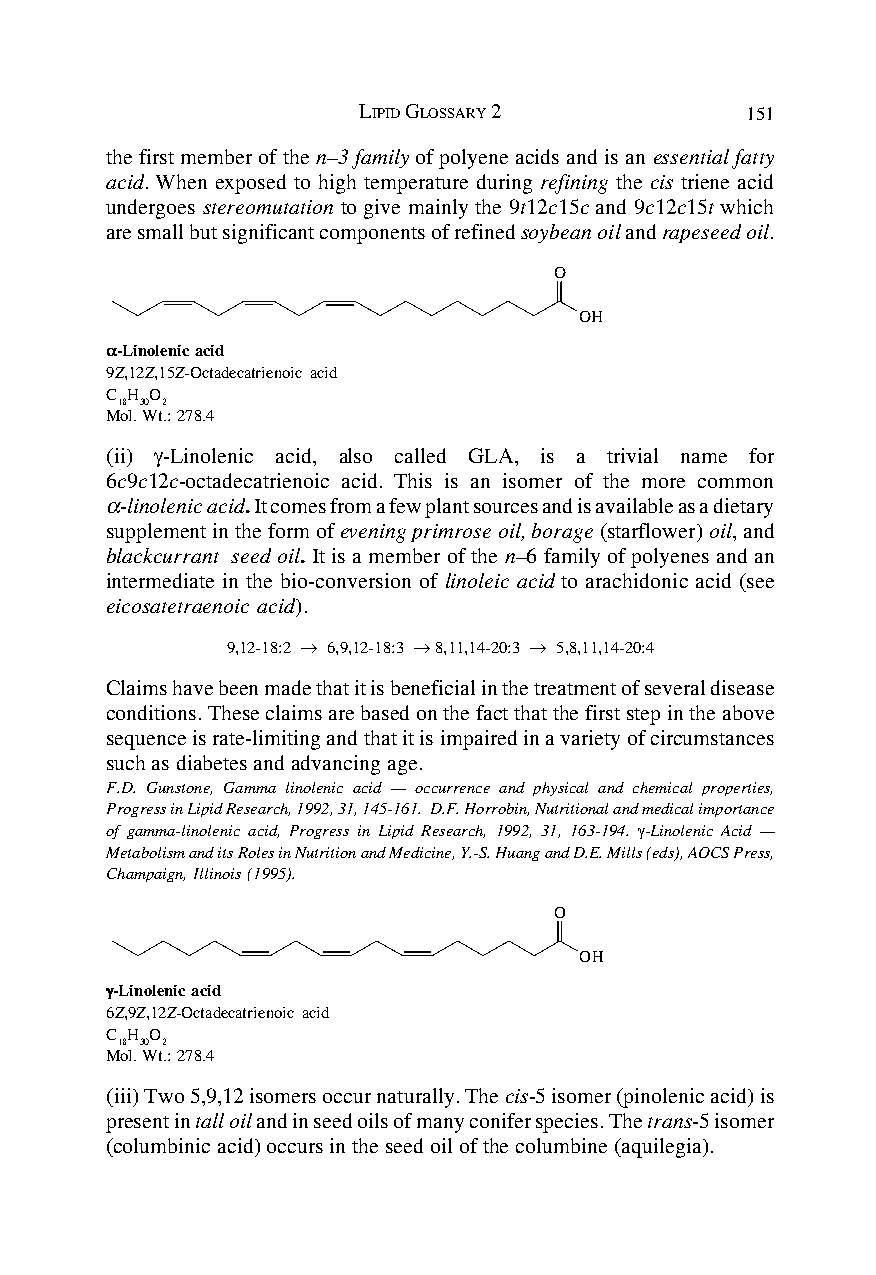
LIPID GLOSSARY 2         151
 the first member of the n–3 family of polyene acids and is an essential fatty
 acid. When exposed to high temperature during refining the cis triene acid
 undergoes stereomutation to give mainly the 9t12c15c and 9c12c15t which
 are small but significant components of refined soybean oil and rapeseed oil.
 O
 OH
 ααααα-Linolenic acid
 9Z,12Z,15Z-Octadecatrienoic acid
 C H O
 18 30 2
 Mol. Wt.: 278.4
 (ii) γ-Linolenic acid, also called GLA, is a trivial name for
 6c9c12c-octadecatrienoic acid. This is an isomer of the more common
 α-linolenic acid. It comes from a few plant sources and is available as a dietary
 supplement in the form of evening primrose oil, borage (starflower) oil, and
 blackcurrant seed oil. It is a member of the n–6 family of polyenes and an
 intermediate in the bio-conversion of linoleic acid to arachidonic acid (see
 eicosatetraenoic acid).
 9,12-18:2 → 6,9,12-18:3 → 8,11,14-20:3 → 5,8,11,14-20:4
 Claims have been made that it is beneficial in the treatment of several disease
 conditions. These claims are based on the fact that the first step in the above
 sequence is rate-limiting and that it is impaired in a variety of circumstances
 such as diabetes and advancing age.
 F.D. Gunstone, Gamma linolenic acid — occurrence and physical and chemical properties,
 Progress in Lipid Research, 1992, 31, 145-161. D.F. Horrobin, Nutritional and medical importance
 of gamma-linolenic acid, Progress in Lipid Research, 1992, 31, 163-194. γ-Linolenic Acid —
 Metabolism and its Roles in Nutrition and Medicine, Y.-S. Huang and D.E. Mills (eds), AOCS Press,
 Champaign, Illinois (1995).
 O
 OH
 γγγγγ-Linolenic acid
 6Z,9Z,12Z-Octadecatrienoic acid
 C H O
 18 30 2
 Mol. Wt.: 278.4
 (iii) Two 5,9,12 isomers occur naturally. The cis-5 isomer (pinolenic acid) is
 present in tall oil and in seed oils of many conifer species. The trans-5 isomer
 (columbinic acid) occurs in the seed oil of the columbine (aquilegia).